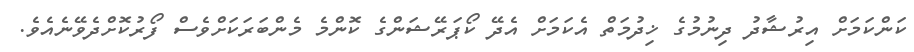
ކަންކަމަށް އިރުޝާދު ދިނުމުގެ ޚިދުމަތް އެކަމަށް އެދޭ ކޯޕަރޭޝަންގެ ކޮންމެ މެންބަރަކަށްވެސް ފޯރުކޮށްދެވޭނެއެވެ.